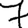
Digit: 7